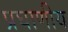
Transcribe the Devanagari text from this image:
प्रघाणीय